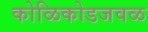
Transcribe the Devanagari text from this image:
कोळिकोडजवळ